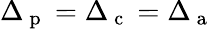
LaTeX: \Delta_{\mathrm{~p~}}=\Delta_{\mathrm{~c~}}=\Delta_{\mathrm{~a~}}